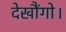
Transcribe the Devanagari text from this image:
देखौंगो।